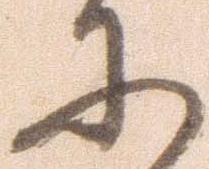
に